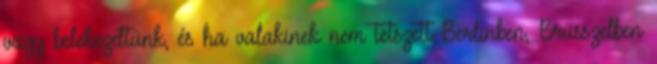
vagy belekezdtünk, és ha valakinek nem tetszett Berlinben, Brüsszelben